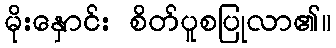
မိုးနှောင်း စိတ်ပူစပြုလာ၏။